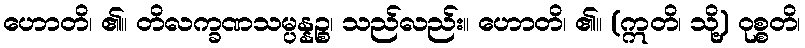
ဟောတိ၊ ၏။ တိလက္ခဏသမ္ပန္နဉ္စ၊ သည်လည်း။ ဟောတိ၊ ၏။ (ဣတိ၊ သို့) ဝုစ္စတိ၊